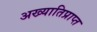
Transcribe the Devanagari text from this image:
अख्यातिप्राप्त